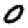
Digit: 0